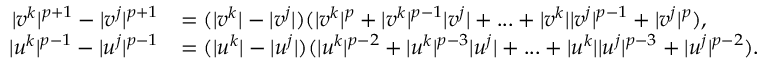
\begin{array} { r l } { | v ^ { k } | ^ { p + 1 } - | v ^ { j } | ^ { p + 1 } } & { = ( | v ^ { k } | - | v ^ { j } | ) ( | v ^ { k } | ^ { p } + | v ^ { k } | ^ { p - 1 } | v ^ { j } | + . . . + | v ^ { k } | | v ^ { j } | ^ { p - 1 } + | v ^ { j } | ^ { p } ) , } \\ { | u ^ { k } | ^ { p - 1 } - | u ^ { j } | ^ { p - 1 } } & { = ( | u ^ { k } | - | u ^ { j } | ) ( | u ^ { k } | ^ { p - 2 } + | u ^ { k } | ^ { p - 3 } | u ^ { j } | + . . . + | u ^ { k } | | u ^ { j } | ^ { p - 3 } + | u ^ { j } | ^ { p - 2 } ) . } \end{array}